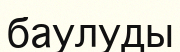
баулуды